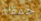
حمقاء